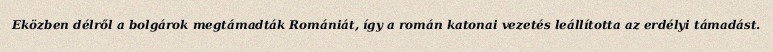
Eközben délről a bolgárok megtámadták Romániát, így a román katonai vezetés leállította az erdélyi támadást.